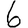
Digit: 6